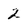
Character: 2